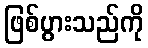
ဖြစ်ပွားသည်ကို